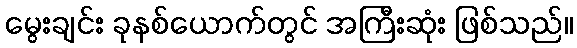
မွေးချင်း ခုနစ်ယောက်တွင် အကြီးဆုံး ဖြစ်သည်။